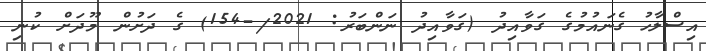
އިސްލާހު ގެނައުމުގެ ގަވާއިދު (ގަވާއިދު ނަންބަރު: 2021/-154) ގެ ދަށުން މޫދަށް ކުނި